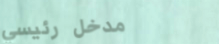
مدخل رئيسي